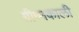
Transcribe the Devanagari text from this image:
ग्रीष्मकाली